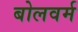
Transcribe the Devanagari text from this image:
बोलवर्म